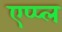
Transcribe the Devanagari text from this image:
एप्‍प्‍ल